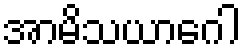
အာမိသယာဂေါ